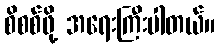
စိစစ်ဖို့ အရေးကြီးပါတယ်။